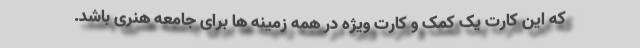
که این کارت یک کمک و کارت ویژه در همه زمینه ها برای جامعه هنری باشد.